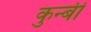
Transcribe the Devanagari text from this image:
कुन्बी